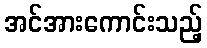
အင်အားကောင်းသည့်